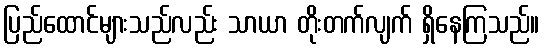
ပြည်ထောင်များသည်လည်း သာယာ တိုးတက်လျက် ရှိနေကြသည်။